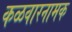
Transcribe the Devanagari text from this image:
कळवारनामक